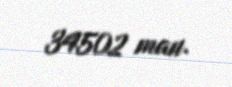
34502 man.